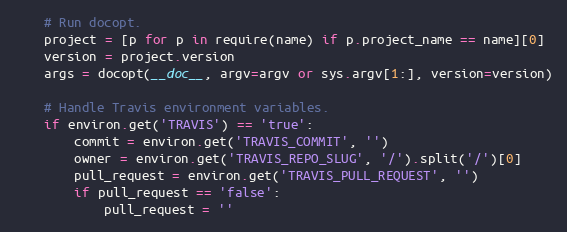
Language: Python
    # Run docopt.
    project = [p for p in require(name) if p.project_name == name][0]
    version = project.version
    args = docopt(__doc__, argv=argv or sys.argv[1:], version=version)

    # Handle Travis environment variables.
    if environ.get('TRAVIS') == 'true':
        commit = environ.get('TRAVIS_COMMIT', '')
        owner = environ.get('TRAVIS_REPO_SLUG', '/').split('/')[0]
        pull_request = environ.get('TRAVIS_PULL_REQUEST', '')
        if pull_request == 'false':
            pull_request = ''